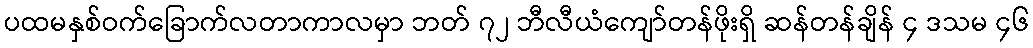
ပထမနှစ်ဝက်ခြောက်လတာကာလမှာ ဘတ် ၇၂ ဘီလီယံကျော်တန်ဖိုးရှိ ဆန်တန်ချိန် ၄ ဒသမ ၄၆